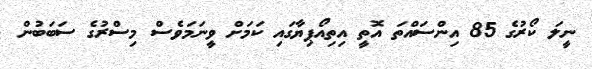
ނީލަ ކޯރުގެ 85 އިންސައްތަ އޮތީ އިތިއޯޕިޔާގައި ކަމަށް ވީނަމަވެސް މިސްރުގެ ސަބަބުން